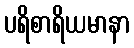
ပရိစာရိယမာနာ